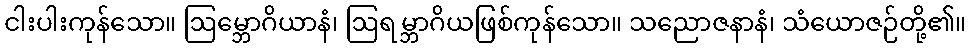
ငါးပါးကုန်သော။ ဩမ္ဘောဂိယာနံ၊ ဩရမ္ဘာဂိယဖြစ်ကုန်သော။ သညောဇနာနံ၊ သံယောဇဉ်တို့၏။